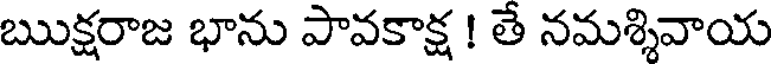
ఋక్షరాజ భాను పావకాక్ష ! తే నమశ్శివాయ